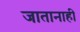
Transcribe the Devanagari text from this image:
जातानाही